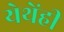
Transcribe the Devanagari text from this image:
येथेंही